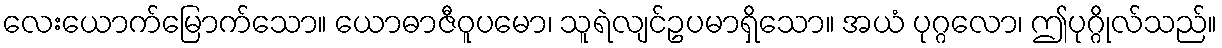
လေးယောက်မြောက်သော။ ယောဓာဇီဝူပမော၊ သူရဲလျင်ဥပမာရှိသော။ အယံ ပုဂ္ဂလော၊ ဤပုဂ္ဂိုလ်သည်။